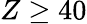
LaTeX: Z\geq 40